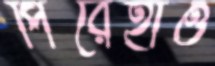
পিরেহাও